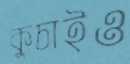
কুচাইও